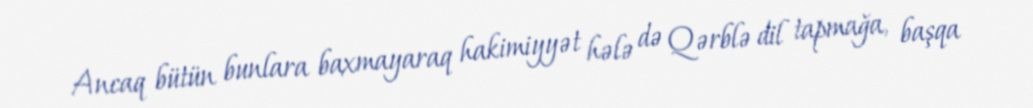
Ancaq bütün bunlara baxmayaraq hakimiyyət hələ də Qərblə dil tapmağa, başqa